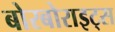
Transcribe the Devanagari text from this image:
बोरबोराइट्स